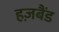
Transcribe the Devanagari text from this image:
हज़बैंड